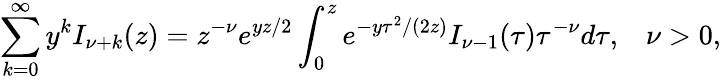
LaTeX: \sum_{k=0}^{\infty}y^{k}I_{\nu+k}(z)=z^{-\nu}e^{yz/2}\int_{0}^{z}e^{-y\tau^{2}/(2z)}I_{\nu-1}(\tau)\tau^{-\nu}d\tau,\; \; \; \nu>0,